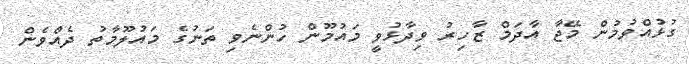
ގުޅުއްވުމުން މޭޖާ އާދަމް ޒާހިރު ވިދާޅުވީ މައުމޫން ހުންނެވި ތަނުގެ މައުލޫމާތު ދެއްވެން